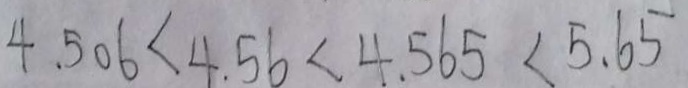
4 . 5 0 6 < 4 . 5 6 < 4 . 5 6 5 < 5 . 6 5